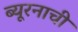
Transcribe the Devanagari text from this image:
ब्यूरनाची